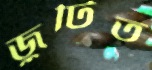
জুটিত